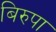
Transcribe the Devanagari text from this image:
बिरुपा